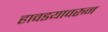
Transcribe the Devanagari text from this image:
हावडयावरुन